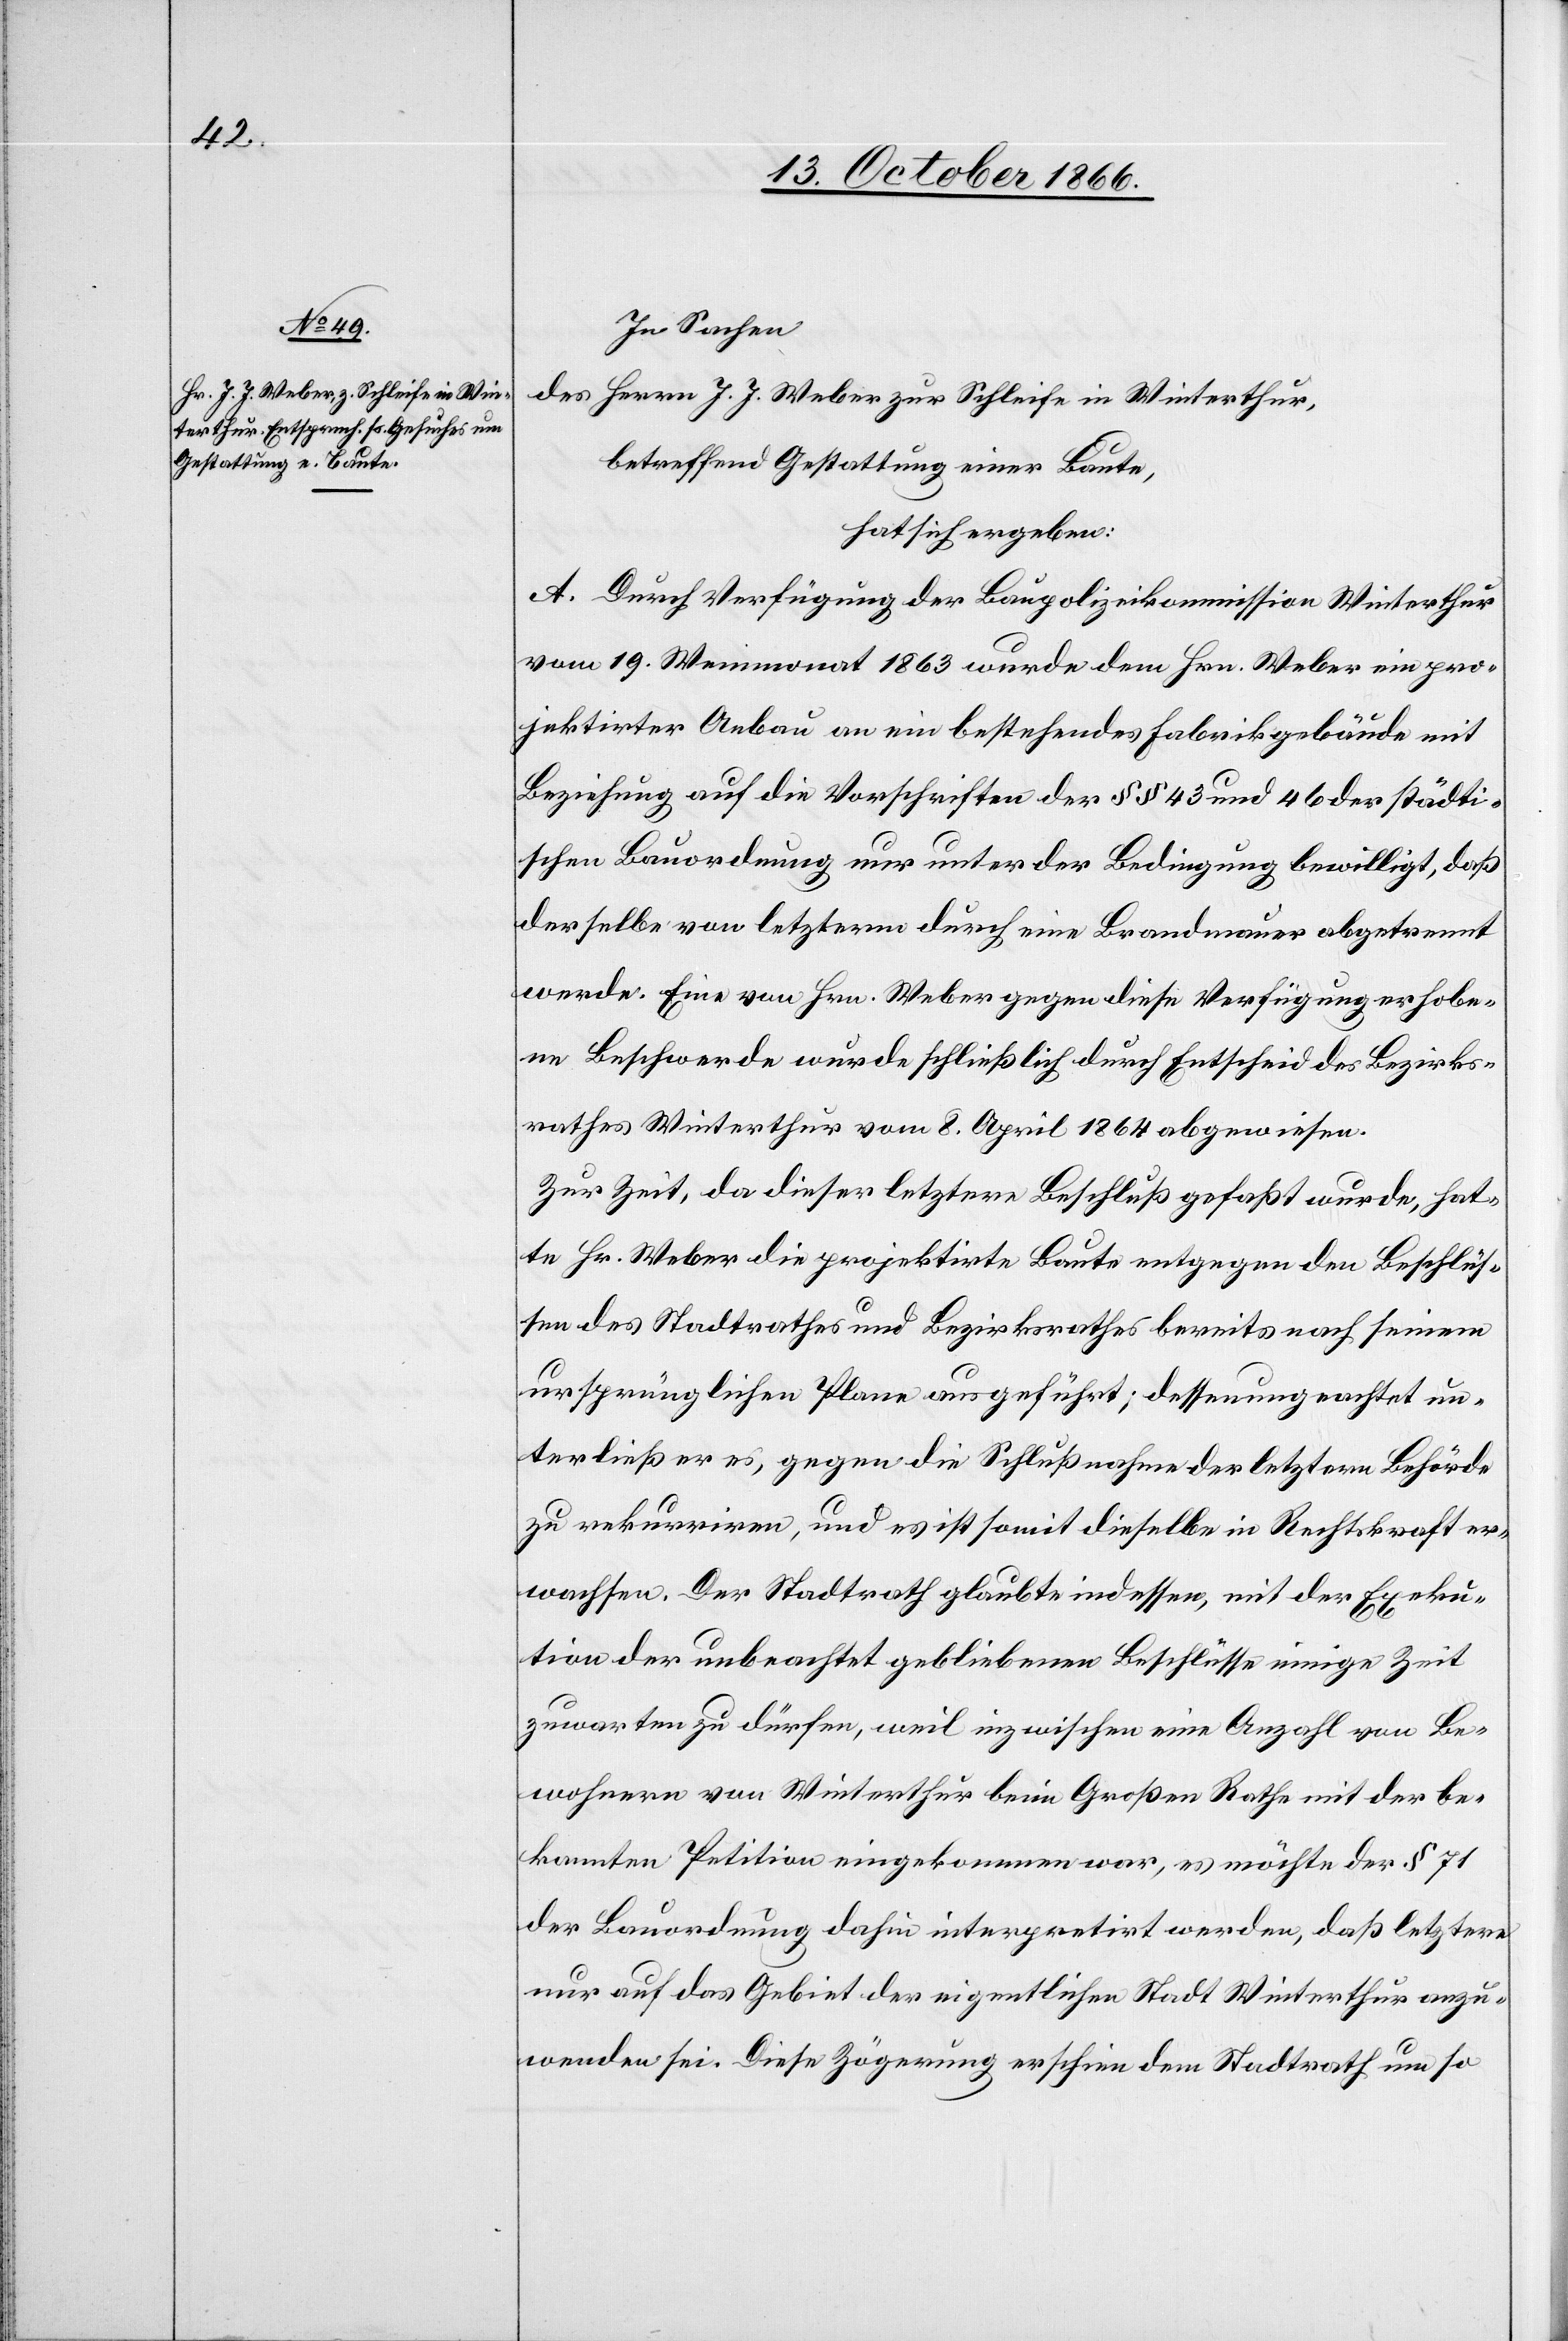
In Sachen
des Herrn J. J. Weber zur Schleife in Winterthur,
betreffend Gestattung einer Baute,
hat sich ergeben:
A. Durch Verfügung der Baupolizeikommission Winterthur
vom 19. Weinmonat 1863 wurde dem Hrn. Weber ein pro¬
jektirter Anbau an ein bestehendes Fabrikgebäude mit
Beziehung auf die Vorschriften der § § 43 und 46 der städti¬
schen Bauordnung nur unter der Bedingung bewilligt, daß
derselbe von letzterm durch eine Brandmauer abgetrennt
werde. Eine von Hrn. Weber gegen diese Verfügung erhobe¬
ne Beschwerde wurde schließlich durch Entscheid des Bezirks¬
rathes Winterthur vom 8. April 1864 abgewiesen.
Zur Zeit, da dieser letztere Beschluß gefaßt wurde, hat¬
te Hr. Weber die projektirte Baute entgegen den Beschlüs¬
sen des Stadtrathes und Bezirksrathes bereits nach seinem
ursprünglichen Plane ausgeführt; dessenungeachtet un¬
terließ er es, gegen die Schlußnahme der letztern Behörde
zu rekurriren, und es ist somit dieselbe in Rechtskraft er¬
wachsen. Der Stadtrath glaubte indessen, mit der Exeku¬
tion der unbeachtet gebliebenen Beschlüsse einige Zeit
zuwarten zu dürfen, weil inzwischen eine Anzahl von Be¬
wohnern von Winterthur beim Großen Rathe mit der be¬
kannten Petition eingekommen war, es möchte der § 71
der Bauordnung dahin interpretirt werden, daß letztere
nur auf das Gebiet der eigentlichen Stadt Winterthur anzu¬
wenden sei. Diese Zögerung erschien dem Stadtrath um so